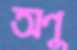
অণু